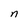
Character: n